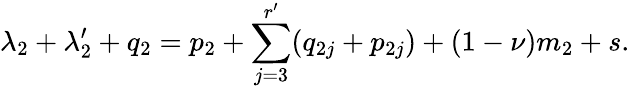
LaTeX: \lambda_{2}+\lambda_{2}^{\prime}+q_{2}=p_{2}+\sum_{j=3}^{r^{\prime}}(q_{2j}+p_{2j})+(1-\nu)m_{2}+s.